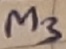
Text: M3